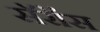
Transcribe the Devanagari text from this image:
सॅरॉस